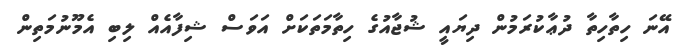
އޭނަ ހިތާހިތާ ދުޢާކުރަމުން ދިޔައީ ޝުޖާއުގެ ހިތާމަތަކަށް އަވަސް ޝިފާއެއް ލިބި އެމޫނުމަތިން